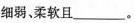
细弱、柔软且___。